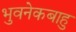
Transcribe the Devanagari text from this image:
भुवनेकबाहु